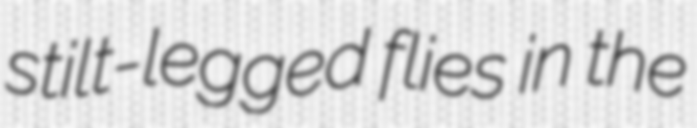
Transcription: stilt-legged flies in the